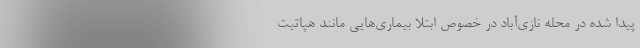
پیدا شده در محله نازی‌آباد در خصوص ابتلا بیماری‌هایی مانند هپاتیت